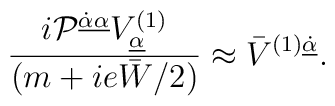
{\displaystyle \frac{i{\cal P}^{\underline{\dot\alpha\alpha}}V^{(1)}_{\underline\alpha}}{(m+ie\bar W/2)}\approx\bar V^{(1)\underline{\dot\alpha}}.}